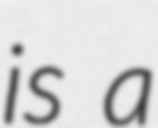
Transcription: is a